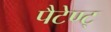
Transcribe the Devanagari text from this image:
पैटेण्ट्‍